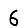
Digit: 6